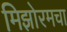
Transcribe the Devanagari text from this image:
मिझोरमचा